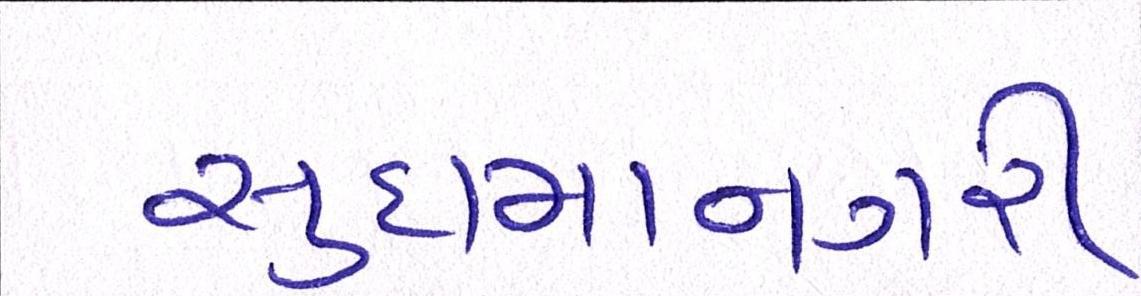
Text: સુદામાનગરી